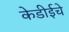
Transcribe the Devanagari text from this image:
केडीईचे